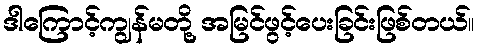
ဒါကြောင့်ကျွန်မတို့ အမြင်ဖွင့်ပေးခြင်းဖြစ်တယ်။